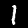
Digit: 1